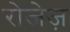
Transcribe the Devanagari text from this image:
रोजेज़